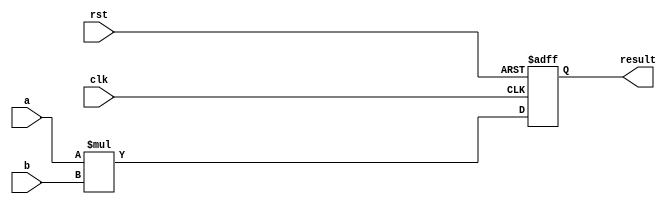
module SignedMutiplier #(
	parameter A_W = 8,
	parameter B_W = 8,
	parameter R_W = 16,		      // cut
	parameter CUT_SIGNED_BIT = 0  // =11bit
								  // ab
)(
	input  wire clk,
	input  wire rst,
	input  wire signed [A_W-1:0] a,
	input  wire signed [B_W-1:0] b,
	output reg  signed [R_W-1:0] result
);

wire signed [A_W+B_W-1:0] mult_out;
assign mult_out = a * b;

always @(posedge clk or posedge rst) begin
	if (rst) begin
		result <= {R_W{1'b0}};
	end
	else begin
		result <= mult_out[(A_W+B_W-1-CUT_SIGNED_BIT) -: R_W];
	end
end

endmodule